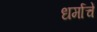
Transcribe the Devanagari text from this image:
धर्माचें